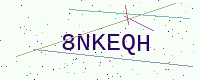
Text: 8NKEQH